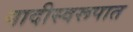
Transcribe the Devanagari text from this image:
यादीस्वरूपात